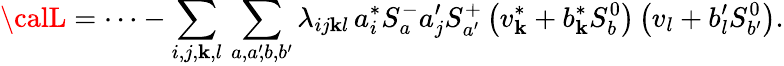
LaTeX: {\calL}=\cdots-\sum_{i,j,\mathbf{k},l}\, \sum_{a,a^{\prime}\! ,b,b^{\prime}}\lambda_{ij\mathbf{k}l}\, a_{i}^{*}S_{a}^{-}a_{j}^{\prime}S_{a^{\prime}}^{+}\left(v_{\mathbf{k}}^{*}+b_{\mathbf{k}}^{*}S_{b}^{0}\right)\left(v_{l}+b_{l}^{\prime}S_{b^{\prime}}^{0}\right).